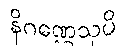
နိဂဏ္ဌေသုပိ